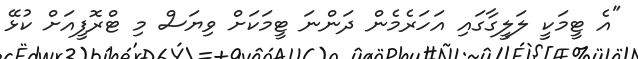
"އެ ޓީމަކީ ލަލީގާގައި އަހަރެމެން ދަންނަ ޓީމަކަށް ވިޔަސް މި ޓްރޮފީއަށް ކުޅޭ